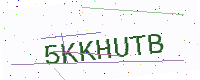
Text: 5KKHUTB